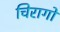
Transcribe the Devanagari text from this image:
चिरागों